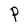
Character: P